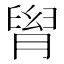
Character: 𦞩